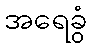
အရေခွံ